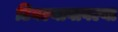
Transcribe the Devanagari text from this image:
टिवल्याबावल्या